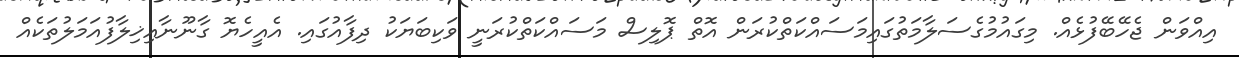
އިއްވަން ޖެހޭބޭފުޅެއް. މިގައުމުގެސަލާމަތުގައިމަސައްކަތްކުރަން އޮތް ޕޮލިސް މަސައްކަތްކުރަނީ ވަކިބަޔަކު ދިފާއުގައި. އެއީހެޔޮ ގާނޫނާއިޚިލާފުއަމަލުތަކެއް